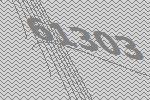
61303